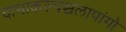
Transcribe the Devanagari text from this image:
दामाकल्पश्चलापांगो